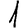
Digit: 1